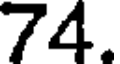
74.